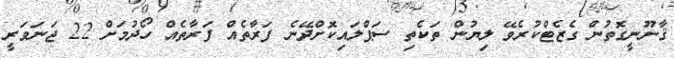
ޤާނޫނީގޮތުން ގެޒެޓްކުރެވޭ ލިޔުން ތަކެތި ސަޕްލައިކޮށްދޭނެ ފަރާތެއް ފަރާތެއް ހޯދުމަށް 22 ޖަނަވަރީ